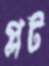
প্লট